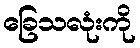
ခြေသလုံးကို